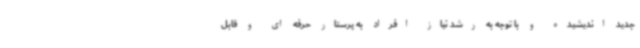
جدید اندیشیده و با توجه به رشد نیاز افراد به پرستار حرفه ای و قابل